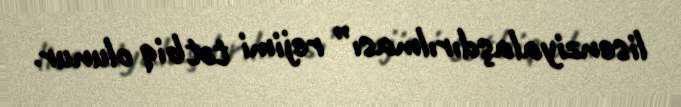
lisenziyalaşdırılması” rejimi tətbiq olunur.